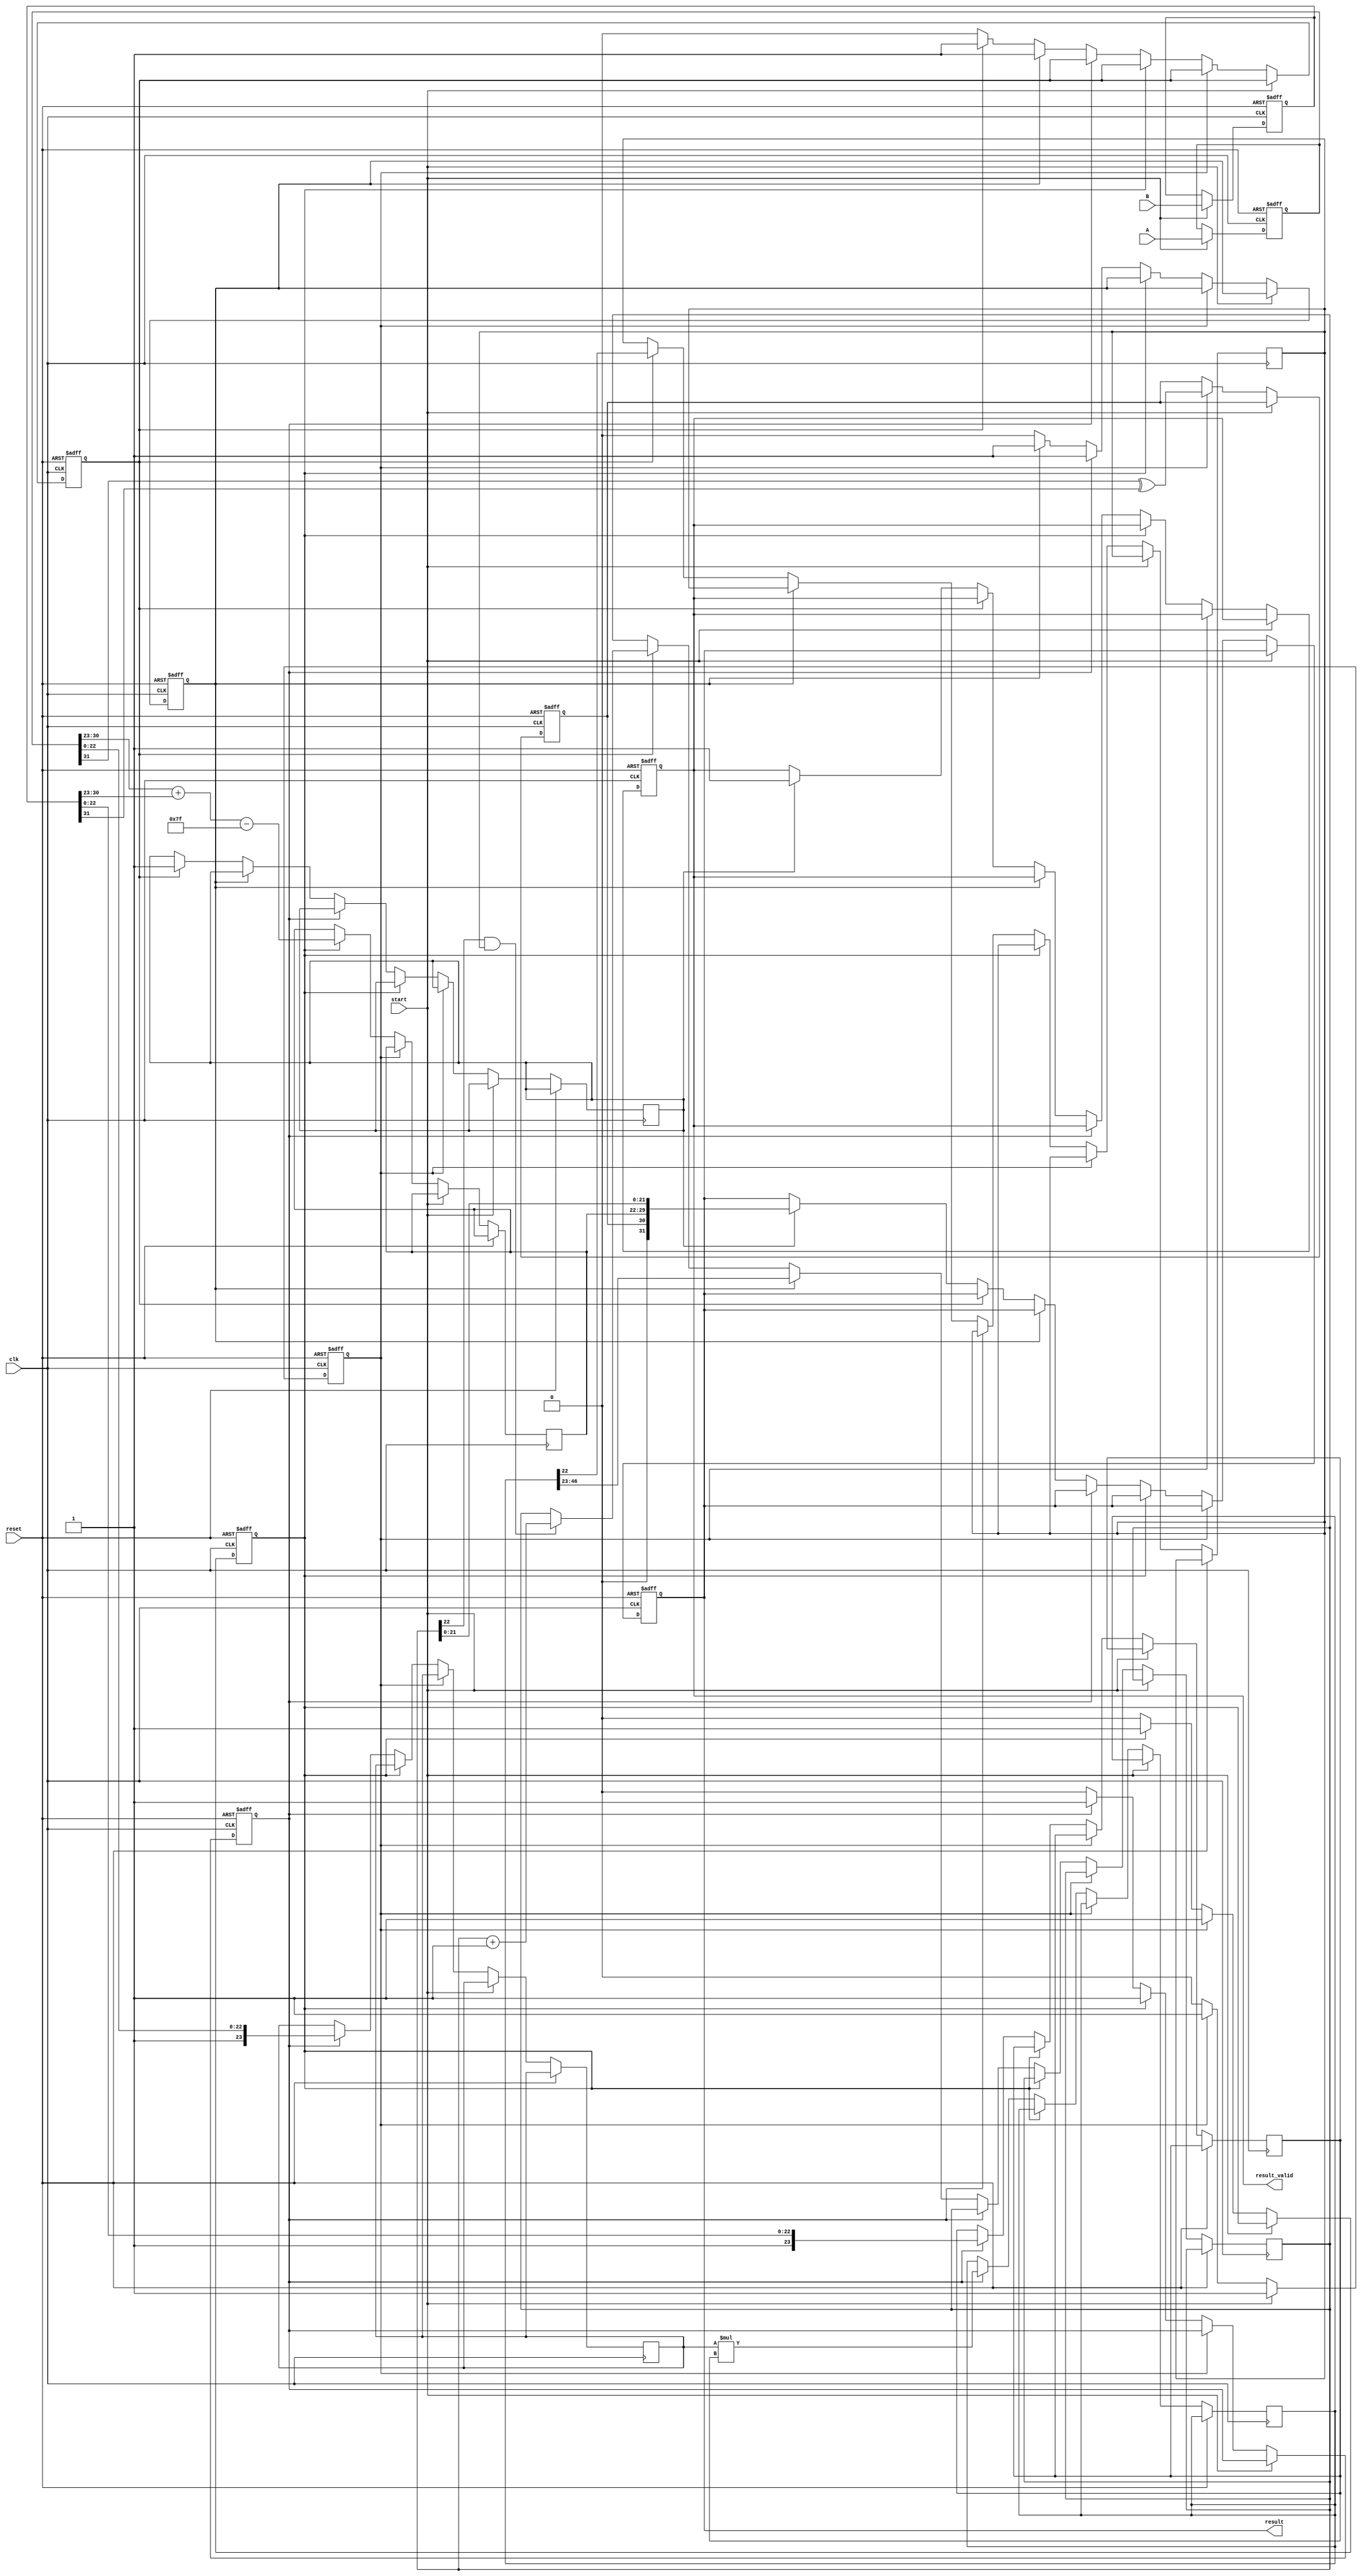
module floating_point_multiplier (
    input clk,
    input reset,
    input start,
    input [31:0] A, // Input A: IEEE 754 single-precision
    input [31:0] B, // Input B: IEEE 754 single-precision
    output reg [31:0] result, // Result: IEEE 754 single-precision
    output reg result_valid // Result valid signal
);

    // Pipeline registers
    reg [31:0] A_reg, B_reg; // Stage 1: Input Register
    reg sign; // Stage 2: Sign Calculation
    reg [7:0] exponent; // Stage 3: Exponent Calculation
    reg [47:0] mantissa; // Stage 4: Mantissa (padded for multiplication)
    reg [23:0] mantissa_A, mantissa_B; // Mantissa parts
    reg [46:0] mantissa_mult; // Stage 4: Result of mantissa multiplication
    reg [7:0] exponent_result; // Stage 5: Normalized exponent
    reg [22:0] mantissa_result; // Stage 6: Rounding result
    reg [23:0] normalized_mantissa; // Normalized mantissa
    reg rounding; // Rounding bit
    reg [7:0] bias = 8'h7F; // Bias for single-precision (127)

    // Control signals for the stages
    reg stage1_done, stage2_done, stage3_done, stage4_done, stage5_done;

    always @(posedge clk or posedge reset) begin
        if (reset) begin
            // Reset all registers
            A_reg <= 32'b0;
            B_reg <= 32'b0;
            sign <= 1'b0;
            exponent <= 8'b0;
            mantissa <= 48'b0;
            result <= 32'b0;
            result_valid <= 1'b0;
            stage1_done <= 1'b0;
            stage2_done <= 1'b0;
            stage3_done <= 1'b0;
            stage4_done <= 1'b0;
            stage5_done <= 1'b0;
        end else if (start) begin
            // Stage 1: Input Register
            A_reg <= A;
            B_reg <= B;
            stage1_done <= 1'b1;
        end else if (stage1_done) begin
            // Stage 2: Sign Calculation
            sign <= A_reg[31] ^ B_reg[31];
            stage2_done <= 1'b1;
        end else if (stage2_done) begin
            // Stage 3: Exponent Calculation
            exponent_result <= (A_reg[30:23] + B_reg[30:23] - bias);
            stage3_done <= 1'b1;
        end else if (stage3_done) begin
            // Stage 4: Mantissa Multiplication
            mantissa_A <= {1'b1, A_reg[22:0]}; // Implicit leading 1
            mantissa_B <= {1'b1, B_reg[22:0]}; // Implicit leading 1
            mantissa_mult <= mantissa_A * mantissa_B; // Mantissa multiplication
            stage4_done <= 1'b1;
        end else if (stage4_done) begin
            // Stage 5: Normalize the mantissa and adjust exponent
            normalized_mantissa <= mantissa_mult[46:23]; // Take the top 24 bits
            if (mantissa_mult[47]) begin
                // If mantissa is too big
                normalized_mantissa <= mantissa_mult[46:23]; // Shift right
                exponent_result <= exponent_result + 1; // Increase exponent
            end
            stage5_done <= 1'b1;
        end else if (stage5_done) begin
            // Stage 6: Rounding
            rounding <= mantissa_mult[22]; // Rounding bit
            if (normalized_mantissa[22] && rounding) begin
                normalized_mantissa <= normalized_mantissa + 1; // Round
            end
            stage6_done <= 1'b1;
        end else if (stage6_done) begin
            // Stage 7: Output Register
            result <= {sign, exponent_result, normalized_mantissa[21:0]};
            result_valid <= 1'b1; // Indicate result is valid
            // Reset for the next operation
            stage1_done <= 1'b0;
            stage2_done <= 1'b0;
            stage3_done <= 1'b0;
            stage4_done <= 1'b0;
            stage5_done <= 1'b0;
        end
    end

endmodule